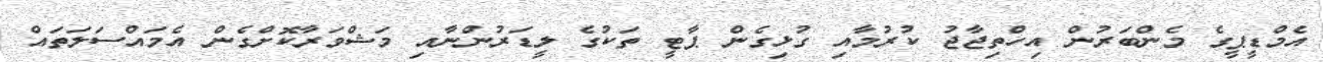
އެމްޑީޕީގެ މެންބަރުން އިހްތިޖާޖު ކުރުމާއި ގުޅިގެން ޕާޓީ ތަކުގެ ލީޑަރުންނާއި މަޝްވަރާކޮށްގެން އެމައްސަލަތައް